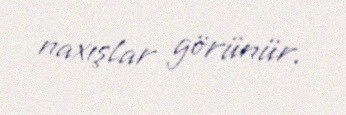
naxışlar görünür.